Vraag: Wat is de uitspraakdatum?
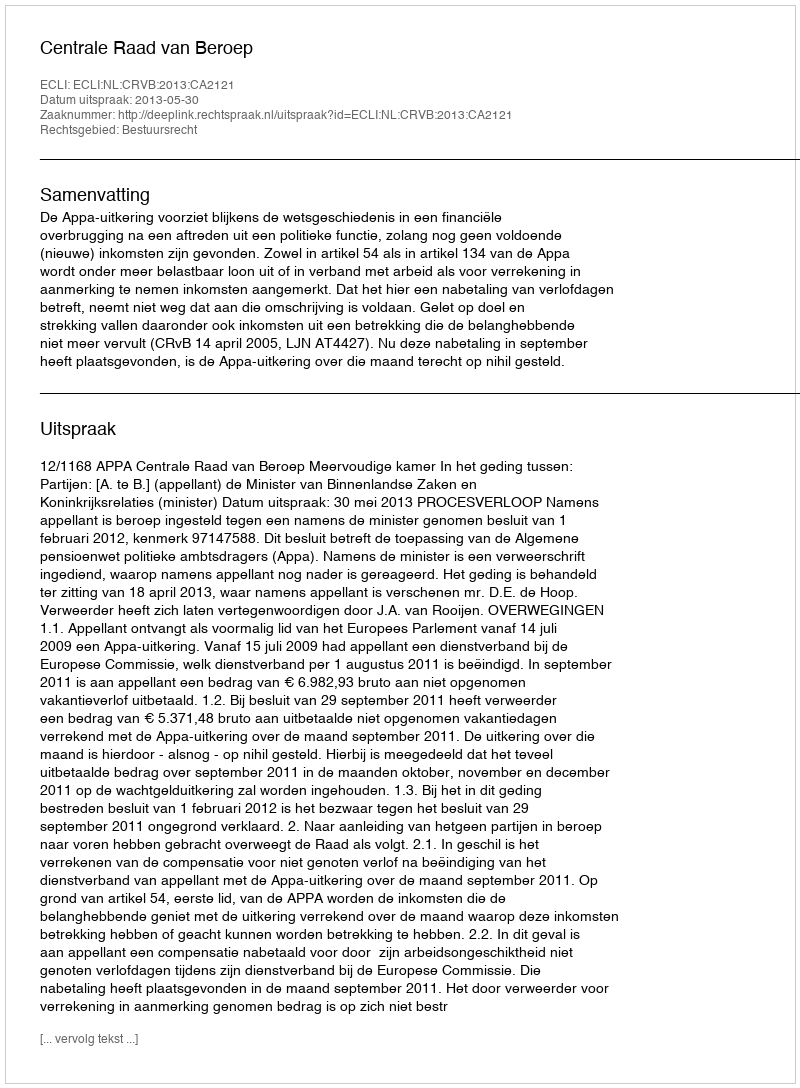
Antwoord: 2013-05-30